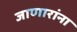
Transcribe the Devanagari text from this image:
जाणारांना